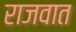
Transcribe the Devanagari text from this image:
राजवात